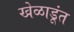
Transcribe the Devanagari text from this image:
खेळाडूंत